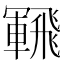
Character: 𩙵